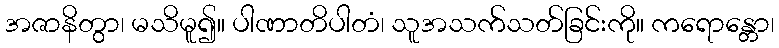
အဇာနိတွာ၊ မသိမူ၍။ ပါဏာတိပါတံ၊ သူအသက်သတ်ခြင်းကို။ ကရောန္တော၊